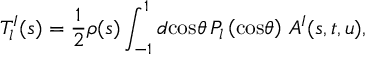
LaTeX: T _ { l } ^ { I } ( s ) = \frac { 1 } { 2 } \rho ( s ) \int _ { - 1 } ^ { 1 } d \mathrm { c o s } \theta \, P _ { l } \left( \mathrm { c o s } \theta \right) \, A ^ { I } ( s , t , u ) ,